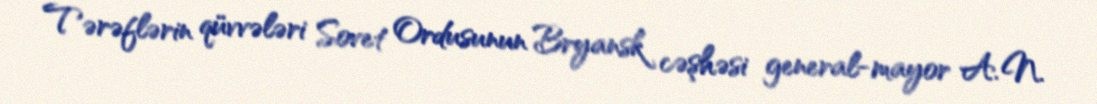
Tərəflərin qüvvələri Sovet Ordusunun Bryansk cəşhəsi general-mayor A. N.